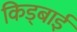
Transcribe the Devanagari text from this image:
किड्बाई